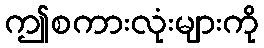
ဤစကားလုံးများကို